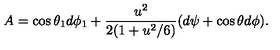
A = \cos { \theta _ { 1 } } d \phi _ { 1 } + { \frac { u ^ { 2 } } { 2 ( 1 + u ^ { 2 } / 6 ) } } ( d \psi + \cos \theta d \phi ) .